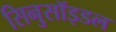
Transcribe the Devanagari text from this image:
सिनुसॉइडल